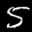
Label: 5